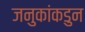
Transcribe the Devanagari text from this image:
जनुकांकडुन